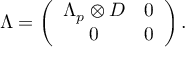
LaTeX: \Lambda = \left( \begin{array} { c c } { { \Lambda _ { p } \otimes D } } & { { 0 } } \\ { { 0 } } & { { 0 } } \end{array} \right) .